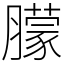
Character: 䑃